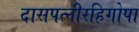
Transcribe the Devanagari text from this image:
दासपत्नीरहिगोपा